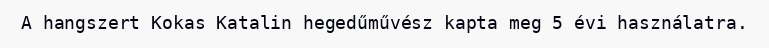
A hangszert Kokas Katalin hegedűművész kapta meg 5 évi használatra.